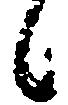
候